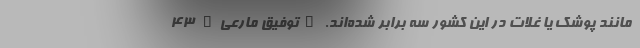
مانند پوشک یا غلات در این کشور سه برابر شده‌اند. "توفیق مارعی" 43